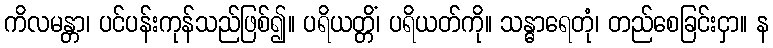
ကိလမန္တာ၊ ပင်ပန်းကုန်သည်ဖြစ်၍။ ပရိယတ္တိံ၊ ပရိယတ်ကို။ သန္ဓာရေတုံ၊ တည်စေခြင်းငှာ။ န